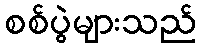
စစ်ပွဲများသည်